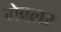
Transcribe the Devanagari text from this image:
गेबलर